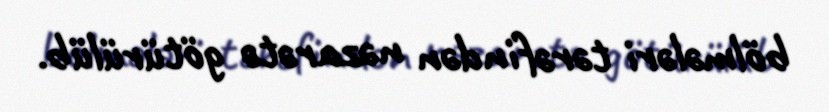
bölmələri tərəfindən nəzarətə götürülüb.